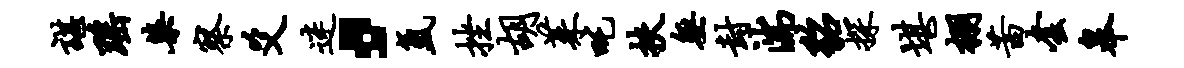
谌瑶染察爻迷，氲挫胡茱吒扶无封湍貂探堪棚茜套皋